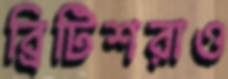
ব্রিটিশরাও